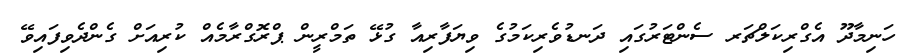
ހަނިމާދޫ އެގްރިކަލްޗަރ ސެންޓަރުގައި ދަނޑުވެރިކަމުގެ ވިޔަފާރިއާ ގުޅޭ ތަމްރީން ޕްރޮގްރާމެއް ކުރިއަށް ގެންދެވިފައިވޭ